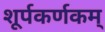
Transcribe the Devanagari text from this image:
शूर्पकर्णकम्